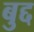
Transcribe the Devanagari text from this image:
बुद्द